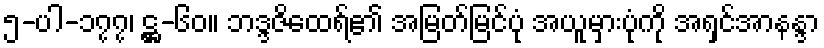
၅-ပါ-၁၇၇၊ ဋ္ဌ-၆၀။ ဘဒ္ဒဇိထေရ်၏ အမြတ်မြင်ပုံ အယူမှားပုံကို အရှင်အာနန္ဒာ